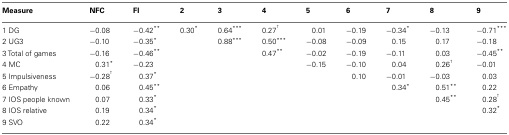
<table><thead><tr><td><b>Measure</b></td><td><b>NFC</b></td><td><b>FI</b></td><td><b>2</b></td><td><b>3</b></td><td><b>4</b></td><td><b>5</b></td><td><b>6</b></td><td><b>7</b></td><td><b>8</b></td><td><b>9</b></td></tr></thead><tbody><tr><td>1 DG</td><td>−0.08</td><td>−0.42**</td><td>0.30*</td><td>0.64***</td><td>0.27<sup>†</sup></td><td>0.01</td><td>−0.19</td><td>−0.34*</td><td>−0.13</td><td>−0.71***</td></tr><tr><td>2 UG3</td><td>−0.10</td><td>−0.35*</td><td></td><td>0.88***</td><td>0.50***</td><td>−0.08</td><td>−0.09</td><td>0.15</td><td>0.17</td><td>−0.18</td></tr><tr><td>3 Total of games</td><td>−0.16</td><td>−0.46**</td><td></td><td></td><td>0.47**</td><td>−0.02</td><td>−0.19</td><td>−0.11</td><td>0.03</td><td>−0.45**</td></tr><tr><td>4 MC</td><td>0.31*</td><td>−0.23</td><td></td><td></td><td></td><td>−0.15</td><td>−0.10</td><td>0.04</td><td>0.26<sup>†</sup></td><td>−0.01</td></tr><tr><td>5 Impulsiveness</td><td>−0.28<sup>†</sup></td><td>0.37*</td><td></td><td></td><td></td><td></td><td>0.10</td><td>−0.01</td><td>−0.03</td><td>0.03</td></tr><tr><td>6 Empathy</td><td>0.06</td><td>0.45**</td><td></td><td></td><td></td><td></td><td></td><td>0.34*</td><td>0.51**</td><td>0.22</td></tr><tr><td>7 IOS people known</td><td>0.07</td><td>0.33*</td><td></td><td></td><td></td><td></td><td></td><td></td><td>0.45**</td><td>0.28<sup>†</sup></td></tr><tr><td>8 IOS relative</td><td>0.19</td><td>0.34*</td><td></td><td></td><td></td><td></td><td></td><td></td><td></td><td>0.32*</td></tr><tr><td>9 SVO</td><td>0.22</td><td>0.34*</td><td></td><td></td><td></td><td></td><td></td><td></td><td></td><td></td></tr></tbody></table>